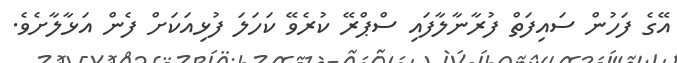
އޭގެ ފަހުން ސައިފަތް ފުރާނާލާފައި ސްޕްރޭ ކުރެވޭ ކަހަލަ ފުޅިއަކަށް ފެން އަޅާލާށެވެ.